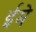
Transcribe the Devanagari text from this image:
ईमे